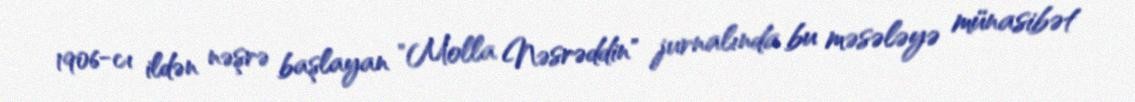
1906-cı ildən nəşrə başlayan "Molla Nəsrəddin" jurnalında bu məsələyə münasibət